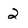
Character: 2